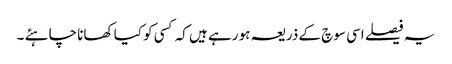
یہ فیصلے اسی سوچ کے ذریعہ ہو رہے ہیں کہ کسی کو کیا کھانا چاہئے ۔